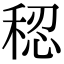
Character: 𫀷